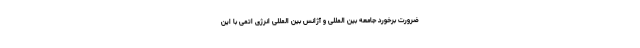
ضرورت برخورد جامعه بین المللی و آژانس بین المللی انرژی اتمی با این